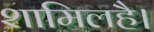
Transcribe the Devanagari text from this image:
शामिलहै।